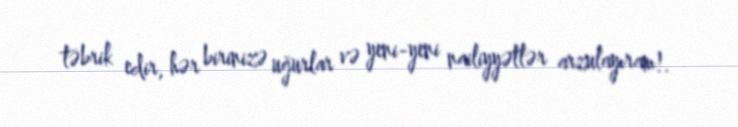
təbrik edir, hər birinizə uğurlar və yeni-yeni nailiyyətlər arzulayıram!.